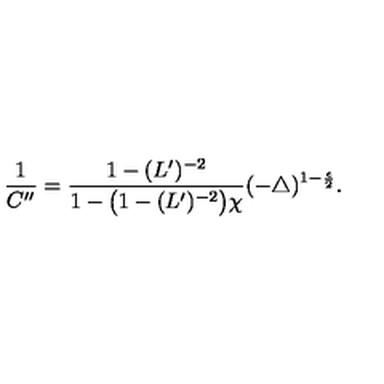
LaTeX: \frac { 1 } { C ^ { \prime \prime } } = \frac { 1 - ( L ^ { \prime } ) ^ { - 2 } } { 1 - \bigl ( 1 - ( L ^ { \prime } ) ^ { - 2 } \bigr ) \chi } ( - \bigtriangleup ) ^ { 1 - \frac { \epsilon } { 2 } } .